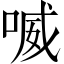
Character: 喴